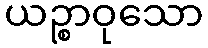
ယဉ္စာဝုသော